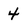
Character: 4